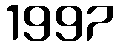
1997